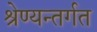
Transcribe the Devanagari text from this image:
श्रेण्यन्तर्गत